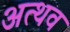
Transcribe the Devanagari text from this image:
अत्थव